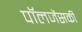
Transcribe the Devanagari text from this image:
पॉलजेंसकी